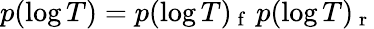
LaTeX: p(\log T)=p(\log T)_{\mathrm{~f~}}\, p(\log T)_{\mathrm{~r~}}